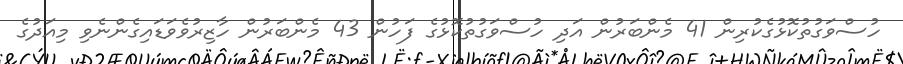
ހުސްވަގުތުކޮޅުގެކުރިން 41 މެންބަރުން އަދި ހުސްވަގުތުކޮޅުގެ ފަހުން 43 މެންބަރުން ހާޒިރުވެވަޑައިގެންނެވި މިއަދުގެ